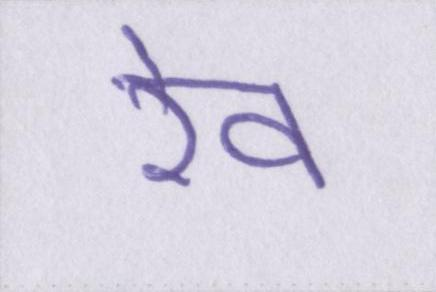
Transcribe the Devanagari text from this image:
रेव